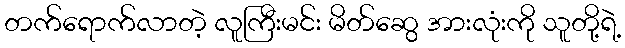
တက်ရောက်လာတဲ့ လူကြီးမင်း မိတ်ဆွေ အားလုံးကို သူတို့ရဲ့